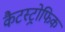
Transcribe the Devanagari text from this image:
कैटस्ट्रोफिक